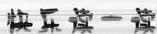
快乐读一读